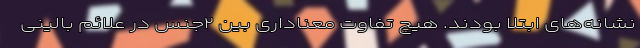
نشانه‌های ابتلا بودند. هیچ تفاوت معناداری بین ۲جنس در علائم بالینی